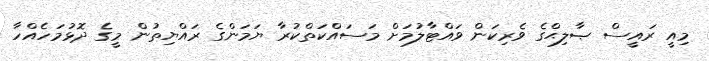
މިއީ ރައީސް ޞާލިޙްގެ ވެރިކަން ވައްޓާލުމަށް މަސައްކަތްކުރާ ޔަމަންގެ ރައްޔިތުން މީގެ ދޮޅުމަހެއްހާ